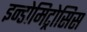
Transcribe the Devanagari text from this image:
इन्डोमिट्रोसिस